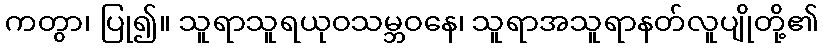
ကတွာ၊ ပြု၍။ သူရာသူရယုဝသမ္ဘဝနေ၊ သူရာအသူရာနတ်လူပျိုတို့၏